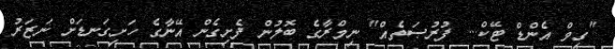
"ގިވް އެންޑް ޓޭކް... ފުރުޞަތެއް" ނިމްރާގެ ބޮލުން ފެށިގެން އޭނާގެ ހަށިގަނޑަށް ނަޒަރު